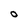
Character: O